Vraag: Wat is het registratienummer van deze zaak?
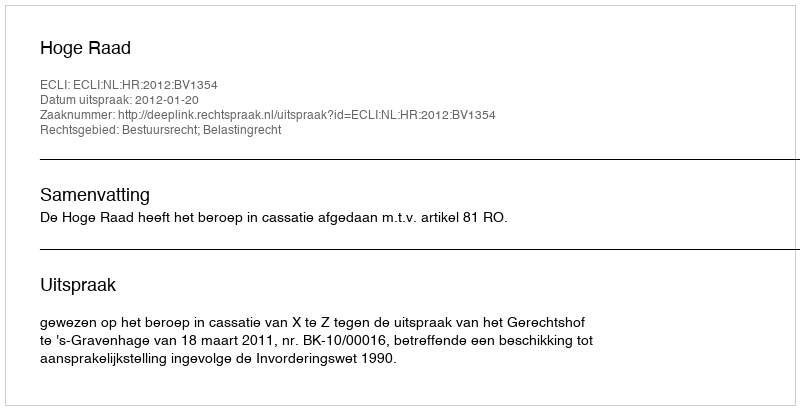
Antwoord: http://deeplink.rechtspraak.nl/uitspraak?id=ECLI:NL:HR:2012:BV1354